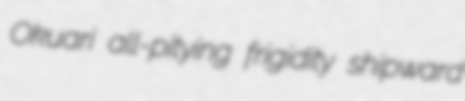
Okuari all-pitying frigidity shipward